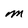
Character: m